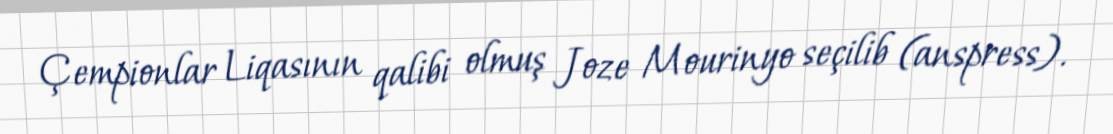
Çempionlar Liqasının qalibi olmuş Joze Mourinyo seçilib (anspress).